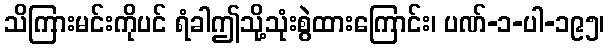
သိကြားမင်းကိုပင် ရံခါဤသို့သုံးစွဲထားကြောင်း၊ ပဏ်-၁-ပါ-၁၉၅၊